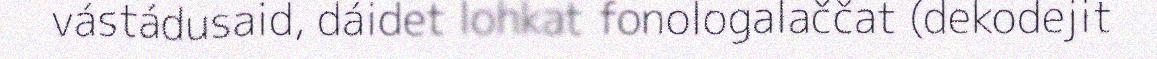
vástádusaid, dáidet lohkat fonologalaččat (dekodejit